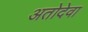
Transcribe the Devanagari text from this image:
अतोदेवा